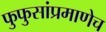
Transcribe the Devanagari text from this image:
फुफुसांप्रमाणेच